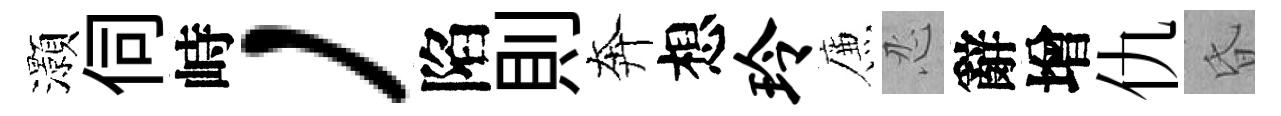
灝伺峙，陷則奔想玲簾忍辭增仇昏